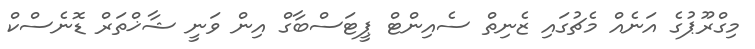
މިގްރޫޕުގެ އަނެއް މެޗުގައި ޒެނިތް ސެއިންޓް ޕީޓަސްބާގް އިން ވަނީ ޝާޚްތަރް ޑޮނެސްކް